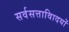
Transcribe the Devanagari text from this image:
सर्वसत्तावािदयों